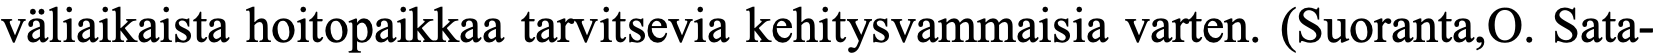
väliaikaista hoitopaikkaa tarvitsevia kehitysvammaisia varten. (Suoranta,O. Sata-